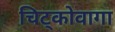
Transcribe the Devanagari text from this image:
चिट्कोवागा